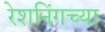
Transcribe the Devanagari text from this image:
रेशनिंगच्या